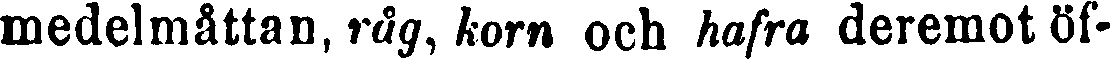
medelmåttan, råg, korn och hafra deremot öf-